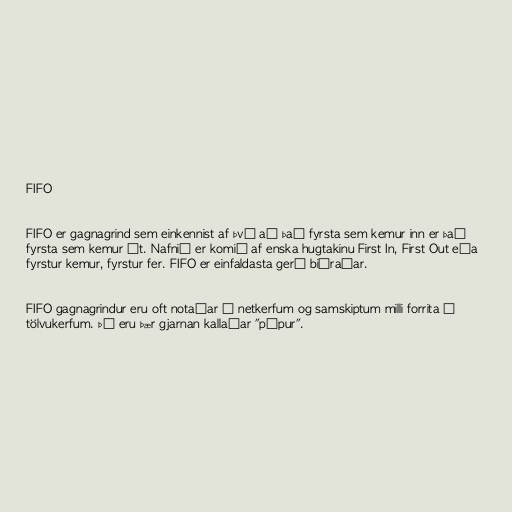
FIFO

FIFO er gagnagrind sem einkennist af því að það fyrsta sem kemur inn er það
fyrsta sem kemur út. Nafnið er komið af enska hugtakinu First In, First Out eða
fyrstur kemur, fyrstur fer. FIFO er einfaldasta gerð biðraðar.

FIFO gagnagrindur eru oft notaðar í netkerfum og samskiptum milli forrita í
tölvukerfum. Þá eru þær gjarnan kallaðar "pípur".